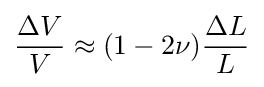
{\frac {\Delta V}{V}}\approx (1-2\nu ){\frac {\Delta L}{L}}